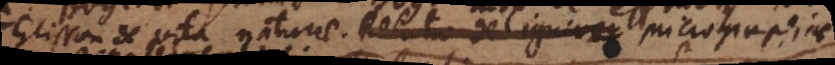
Glisson de vita naturae. Relatio de ignivor Micrographiae